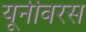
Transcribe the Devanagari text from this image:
यूनीवरस